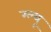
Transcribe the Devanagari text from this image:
ग्ल्यू